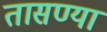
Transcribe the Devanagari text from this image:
तासण्या